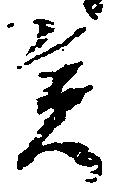
矣